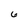
Character: 6